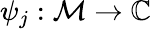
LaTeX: \psi_{j}:\mathcal{M}\rightarrow\mathbb{C}